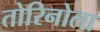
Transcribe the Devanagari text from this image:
तोरिनोला